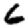
Digit: 6